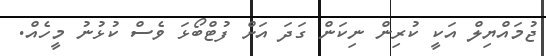
ޖުމައްޔިލް އަކީ ކުރިން ނިކަން ގަދަ އަށް ފުޓްބޯޅަ ވެސް ކުޅުނު މީހެއް.